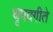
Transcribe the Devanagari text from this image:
धृपदगीते